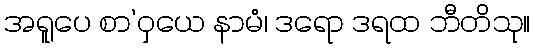
အရူပေ စာ’ဝှယေ နာမံ၊ ဒရော ဒရထ ဘီတိသု။